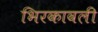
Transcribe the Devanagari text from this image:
भिरकावली